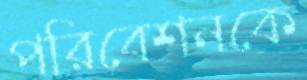
পরিবেশনকে